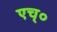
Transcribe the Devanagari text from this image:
एच्‌०